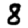
Digit: 8